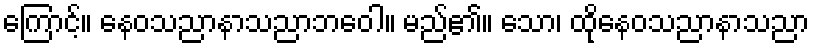
ကြောင့်။ နေဝသညာနာသညာဘဝေါ။ မည်၏။ သော၊ ထိုနေဝသညာနာသညာ